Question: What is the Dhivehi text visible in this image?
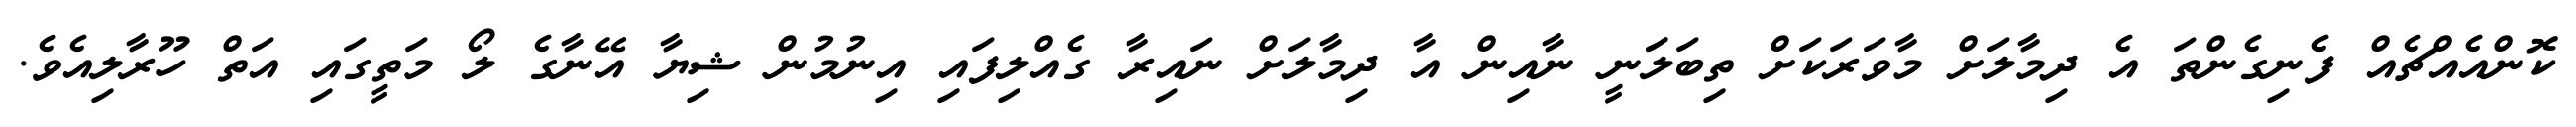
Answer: ކޮންއެއްޗެއް ފެނިގެންތަ އެ ދިމާލަށް މާވަރަކަށް ތިބަލަަނީ ނާއިން އާ ދިމާލަށް ނައިރާ ގެއްލިފައި އިނުމުން ޝިޔާ އޭނާގެ ލޯ މަތީގައި އަތް ހޫރާލިއެވެ.